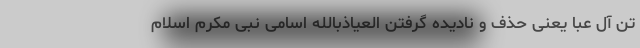
تن آل عبا یعنی حذف و نادیده گرفتن العیاذبالله اسامی نبی مکرم اسلام